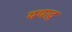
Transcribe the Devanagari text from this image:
यथादृ